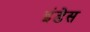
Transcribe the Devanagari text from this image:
इंडेस